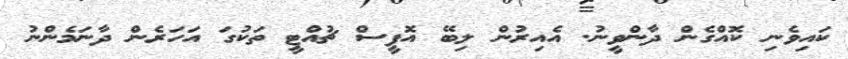
ކައިވެނި ކޮއްގެން ދާންވީނު. އެއިރުން ލިބޭ އޮފީސް ޗުއްޓީ ތަކުގަ އަހަރެން ދާނަމެންނު